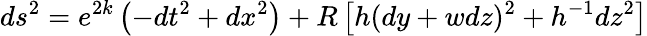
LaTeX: ds^{2}=e^{2k}\left(-dt^{2}+dx^{2}\right)+R\left[h(dy+wdz)^{2}+h^{-1}dz^{2}\right]